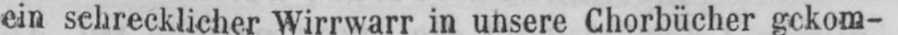
ein schrecklicher Wirrwarr in unsere Chorbücher gekom-